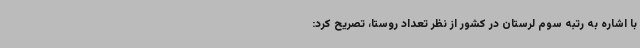
با اشاره به رتبه سوم لرستان در کشور از نظر تعداد روستا، تصریح کرد: